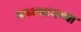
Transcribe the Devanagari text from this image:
मध्‍यभागच्या